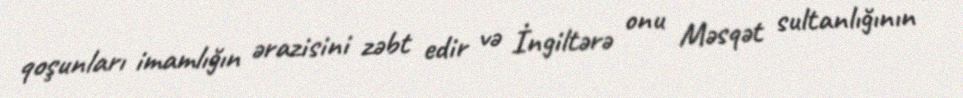
qoşunları imamlığın ərazisini zəbt edir və İngiltərə onu Məsqət sultanlığının